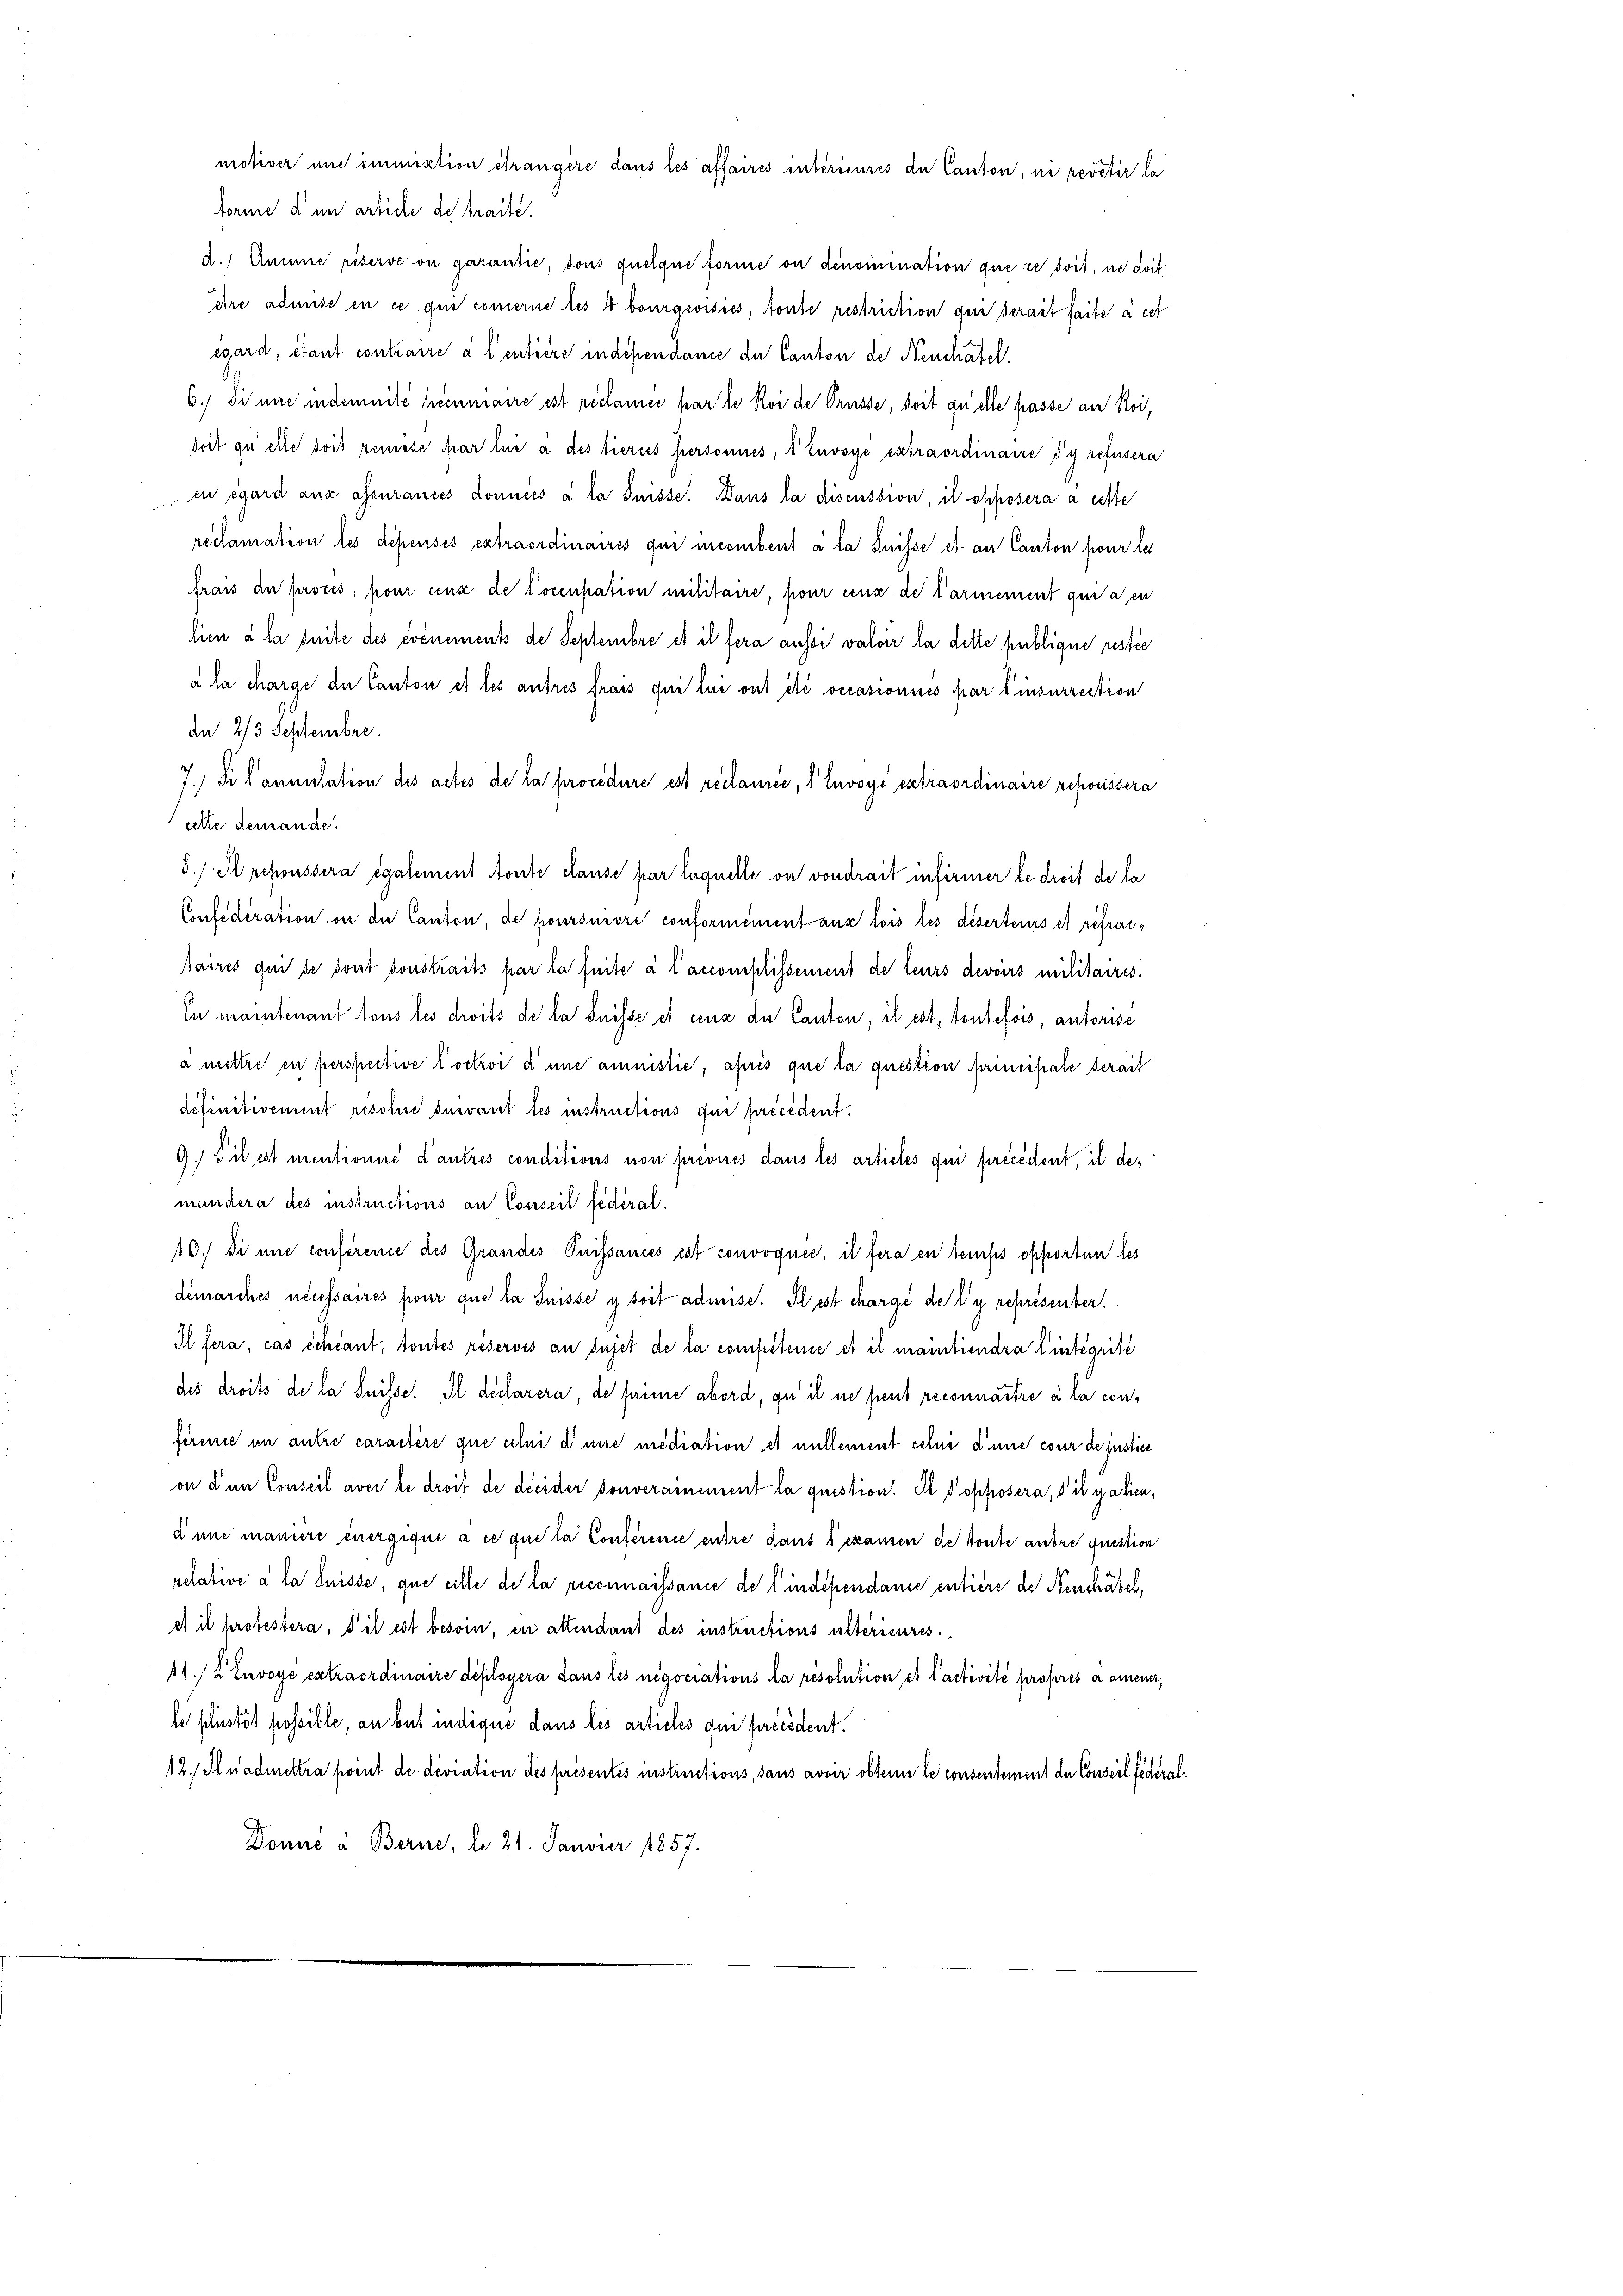
forme d in artiche de tracté.
da 2/3 September.
cette demande.
definitivement resolue suivant les instructions der précédent.
mandera des instructions an Conseil fédéral.
et il protestera, s’il est besoin, in attendant des instructions ultérieures
11./2 Envoye extraordinaire déployera dans les negociations la résolution et Pactivité propres a ammener,
le plustöt possible, an but indique dans les articles qui précédent.
12./ Inadmettra point de deviation des présentés instructions, sans avoir obten le consentement de Conseil federal¬
Donné à Berne, d. 21. Janvier 1857.

motiver und immixtion étrangere dans les affaires intérieures de Canton, ni revetir la

d.) Aucune riserve on garantie, sons quelque forme on densinination que ce doit, ne doit
eire admise en ce qui commerne les 4 bourgeoisies, toute restriction qui serait faite à cet
égard, étant contraire à l’entière indépendanie de Canton de Neuchatel
6.) Di mir indemnité pecuniaire est réclamée par le Roi de Trüsse, doit qui elle passe an Roi,
soit zu eile soit remise par lui à des tierces personnes, 1 Envoye extraordinaire sy refusera
eu égard aus assurances données à la Suisse. Dans la discussion, il opposera à cette
reclamation les dépensés extraordinaires qui combent à la Suisse et an Canton pour les
frais die proces, pour cenz de tocenpation militaire, pour ceux de Carmement qui a en
lien à la suite des événements de Septembre et il fera aussi valoir la dette publique restée
à la charge der Canton et les autres frais qui lui ont été vecasionnés par l’insurrection
7.) Si l’annulation des actes de la procedure est réclamee, 1 Envoye extraordinaire repoussera
d. s. Archoussera également Monte clause par laquelle on vondrait infirmer le droit de la
Confederation ou de Canton, de poursuivre conformément aus lois les diserteurs et réfrai¬
Maires qui de dont sonstraits par la suite à l’accomplissement de teurs devoirs militaires.
In mantenant tous les droits de la Suisse et cenz du Canton, il est, toutefois, autorise
à mettre en perspective loctroi d’une annistie, après que la question principale serait
9. Pil est mentionné d’autres conditions non prévues dans les articles qui précédent, il de¬
10.) Si une conference des Grandes Puissances est convoquée, il fera en temps opporten les
démarches necessaires pour que la Suisse y soit admise. Il est chargé de l’y représenter.
Ih fera, cas échéant, toutes réservés au sujet de la competerie et il maintiendra l’intégrité
des droits de la Suisse. Il déclarera, de prinne abord, qu’ il ne peut reconnaitre à la conférence in autre caractère que celui d’une mediation et nullement celui d’une cour de justier
on den Conseil aver le droit de décider souverainement la question. Is opposera, s’il yalien,
à une manire energique à ce que la Conférence entre dans s examen de toute autre question
relative à la Suisse, que elle de la reconnaissance des indépendance entière de Neuchäbel,